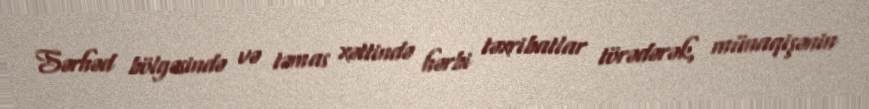
Sərhəd bölgəsində və təmas xəttində hərbi təxribatlar törədərək, münaqişənin